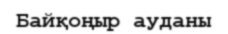
Байқоңыр ауданы